Civil Veterinary Department. United Provinces 1912-22 - 1912-1922
Year: 1912
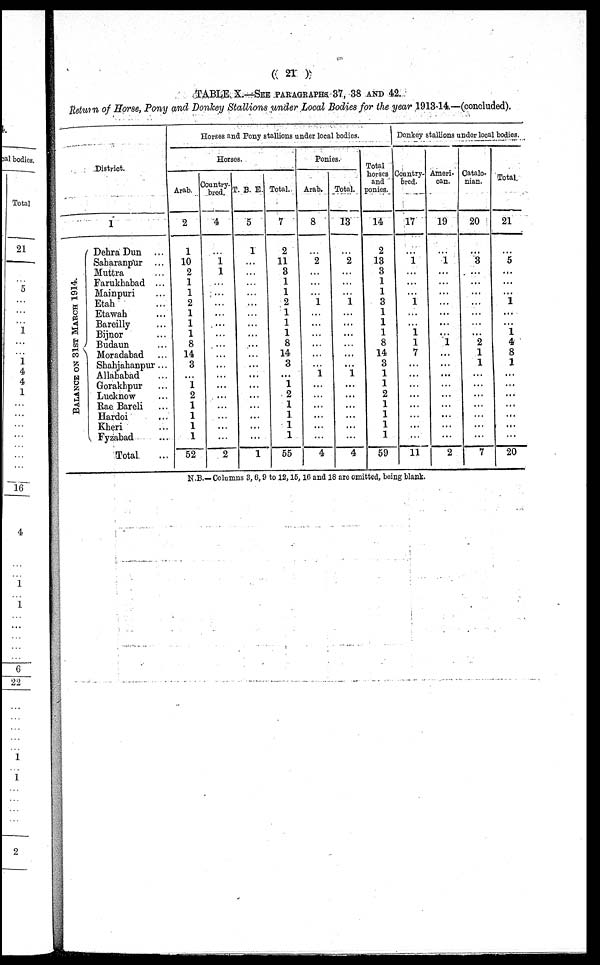
(21)
TABLE X—SEE PARAGRAPHS 37, 38 AND 42.
Return of Horse, Pony and Donkey Stallions under Local Bodies for the year 1913-14.—(concluded).
District.
BALANCE ON 31ST MARCH 1914.
1
Dehra Dun ...
Saharanpur ...
Muttra ...
Farukhabad ...
Mainpuri ...
Etah ...
Etawah ...
Bareilly ...
Bijnor ...
Budaun ...
Moradabad ...
Shahjahanpur ...
Allahabad ...
Gorakhpur ...
Lucknow ...
Rae Bareli ...
Hardoi ...
Kheri ...
Fyzabad ...
Total ...
Horses and Pony stallions under local bodies.
Horses.
Arab.
2
1
10
2
1
1
2
1
1
1
8
14
3
...
1
2
1
1
1
1
52
Country-
bred.
4
...
1
1
...
...
...
...
...
...
...
...
...
...
...
...
...
...
...
...
2
T. B. E.
5
1
...
...
...
...
...
...
...
...
...
...
...
...
...
...
...
...
...
...
1
Total.
7
2
11
3
1
1
2
1
1
1
8
14
3
...
1
2
1
1
1
1
55
Ponies.
Arab.
8
...
2
...
...
...
1
...
...
...
...
...
...
1
...
...
...
...
...
...
4
Total.
13
...
2
...
...
...
1
...
...
...
...
...
...
1
...
...
...
...
...
...
4
Total
horses
and
ponies.
14
2
13
3
1
1
3
1
1
1
8
14
3
1
1
2
1
1
1
1
59
Donkey stallions under loca
l bodies.
Country-
bred.
17
...
1
...
...
...
1
...
...
1
1
7
...
...
...
...
...
...
...
...
11
Ameri-
can.
19
...
1
...
...
...
...
...
...
...
1
...
...
...
...
...
...
...
...
...
2
Catalo-
nian.
20
...
3
...
...
...
...
...
...
...
2
1
1
...
...
...
...
...
...
...
7
Total
21
5
...
1
...
...
1
4
8
1
...
...
...
...
...
...
...
20
N.B.— Columns 3, 6, 9 to 12, 15, 16 and 18 are omitted, being blank.